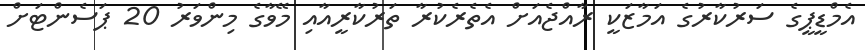
އެމްޑީޕީގެ ސަރުކާރުގެ އަމާޒަކީ ރާއްޖެއަށް އެތެރެކުރާ ތަރުކާރީއާއި މޭވާގެ މިންވަރު 20 ޕަސެންޓަށް